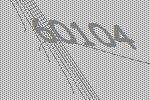
60104